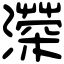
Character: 𤀻